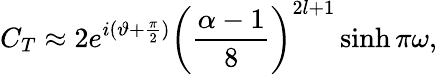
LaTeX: C_{T}\approx 2e^{i(\vartheta+\frac{\pi}{2})}\left(\frac{\alpha-1}{8}\right)^{2l+1}\sinh\pi\omega,